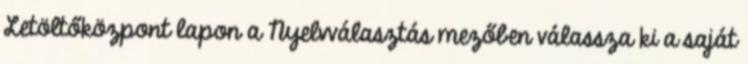
Letöltőközpont lapon a Nyelvválasztás mezőben válassza ki a saját